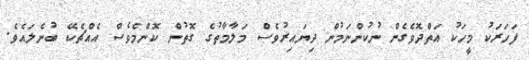
ފަހަރަކު މީހަކު އަތްދޮވެގެން ނުކުންނަމުން ދިޔައިރުވެސް މަލާމާތުގެ ގޮތުން ކޮންމެވެސް އެއްޗެކޭ ބުނެލައެވެ.